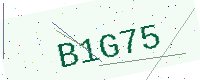
Text: B1G75